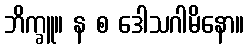
ဘိက္ခူ။ န စ ဒေါသဂါမိနော။